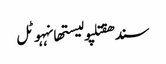
سندھقتلپولیستھانہہوٹل